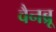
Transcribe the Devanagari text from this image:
वैनब्रू